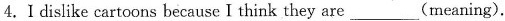
4.Idislike cartoons because I think they are___(meaning).